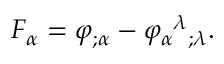
F _ { \alpha } = \varphi _ { ; \alpha } - \varphi _ { \alpha } { } ^ { \lambda } { } _ { ; \lambda } .